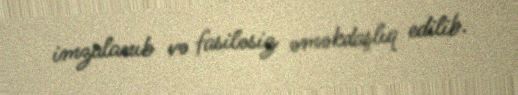
imzalanıb və fasiləsiz əməkdaşlıq edilib.